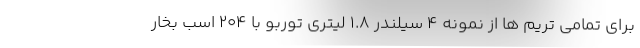
برای تمامی تریم ها از نمونه 4 سیلندر 1.8 لیتری توربو با 204 اسب بخار